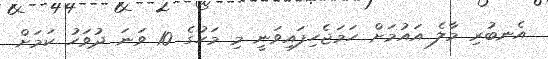
އެނބުރި މާލެ އައުމަށް ހަމަޖެހިފައިވަނީ މި މަހުގެ 10 ވަނަ ދުވަހު ކަމަށް